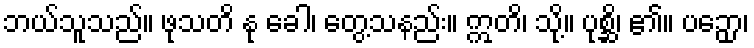
ဘယ်သူသည်။ ဖုသတိ နု ခေါ၊ တွေ့သနည်း။ ဣတိ၊ သို့။ ပုစ္ဆိ၊ ၏။ ပဉှော၊